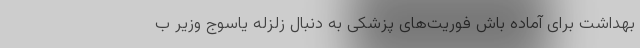
بهداشت برای آماده باش فوریت‌های پزشکی به دنبال زلزله یاسوج وزیر ب